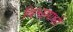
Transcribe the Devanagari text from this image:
विश्वसाक्षी